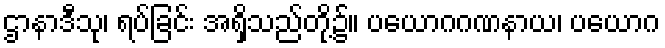
ဌာနာဒီသု၊ ရပ်ခြင်း အရှိသည်တို့၌။ ပယောဂဂဏနာယ၊ ပယောဂ